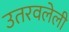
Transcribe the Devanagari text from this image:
उतरवलेली